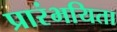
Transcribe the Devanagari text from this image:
प्रारंभयिता